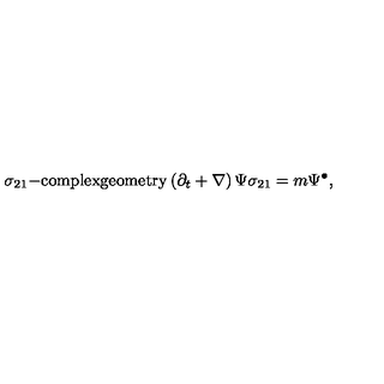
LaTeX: \sigma _ { 2 1 } \mathrm { - c o m p l e x g e o m e t r y } \left( \partial _ { t } + \nabla \right) \Psi \sigma _ { 2 1 } = m \Psi ^ { \bullet } ,